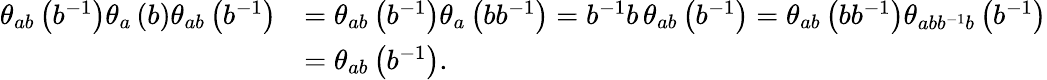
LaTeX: \begin{array}{rl}{\theta_{ab}\left(b^{-1}\right)\theta_{a}\left(b\right)\theta_{ab}\left(b^{-1}\right)}&{=\theta_{ab}\left(b^{-1}\right)\theta_{a}\left(bb^{-1}\right)=b^{-1}b\, \theta_{ab}\left(b^{-1}\right)=\theta_{ab}\left(bb^{-1}\right)\theta_{abb^{-1}b}\left(b^{-1}\right)}\\ &{=\theta_{ab}\left(b^{-1}\right).}\end{array}